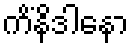
ကိံနိဒါနော